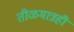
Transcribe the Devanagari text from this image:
तीळमात्रही